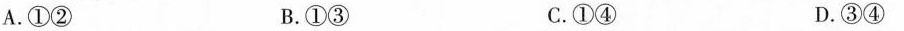
A.①② B.①③ C.①④ D.③④